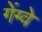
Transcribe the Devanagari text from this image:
गेंग्वे